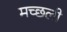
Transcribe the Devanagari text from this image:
मच्छली